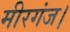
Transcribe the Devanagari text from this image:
मीरगंज।